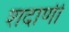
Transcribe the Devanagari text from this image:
शदाणी